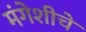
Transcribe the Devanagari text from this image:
मंगेशीचे